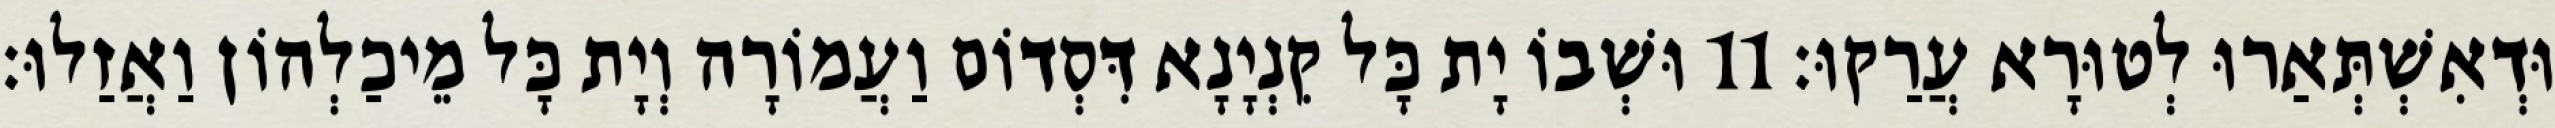
וּדְאִשְׁתְּאַרוּ לְטוּרָא עֲרַקוּ׃ 11 וּשְׁבוֹ יָת כָּל קִנְיָנָא דִּסְדוֹם וַעֲמוֹרָה וְיָת כָּל מֵיכַלְהוֹן וַאֲזַלוּ׃